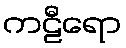
ကဠီရော